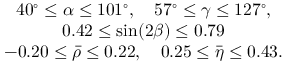
\begin{array} { c } { { 4 0 ^ { \circ } \leq \alpha \leq 1 0 1 ^ { \circ } , \quad 5 7 ^ { \circ } \leq \gamma \leq 1 2 7 ^ { \circ } , } } \\ { { 0 . 4 2 \leq \sin \! \left( 2 \beta \right) \leq 0 . 7 9 } } \\ { { - 0 . 2 0 \leq \bar { \rho } \leq 0 . 2 2 , \quad 0 . 2 5 \leq \bar { \eta } \leq 0 . 4 3 . } } \end{array}